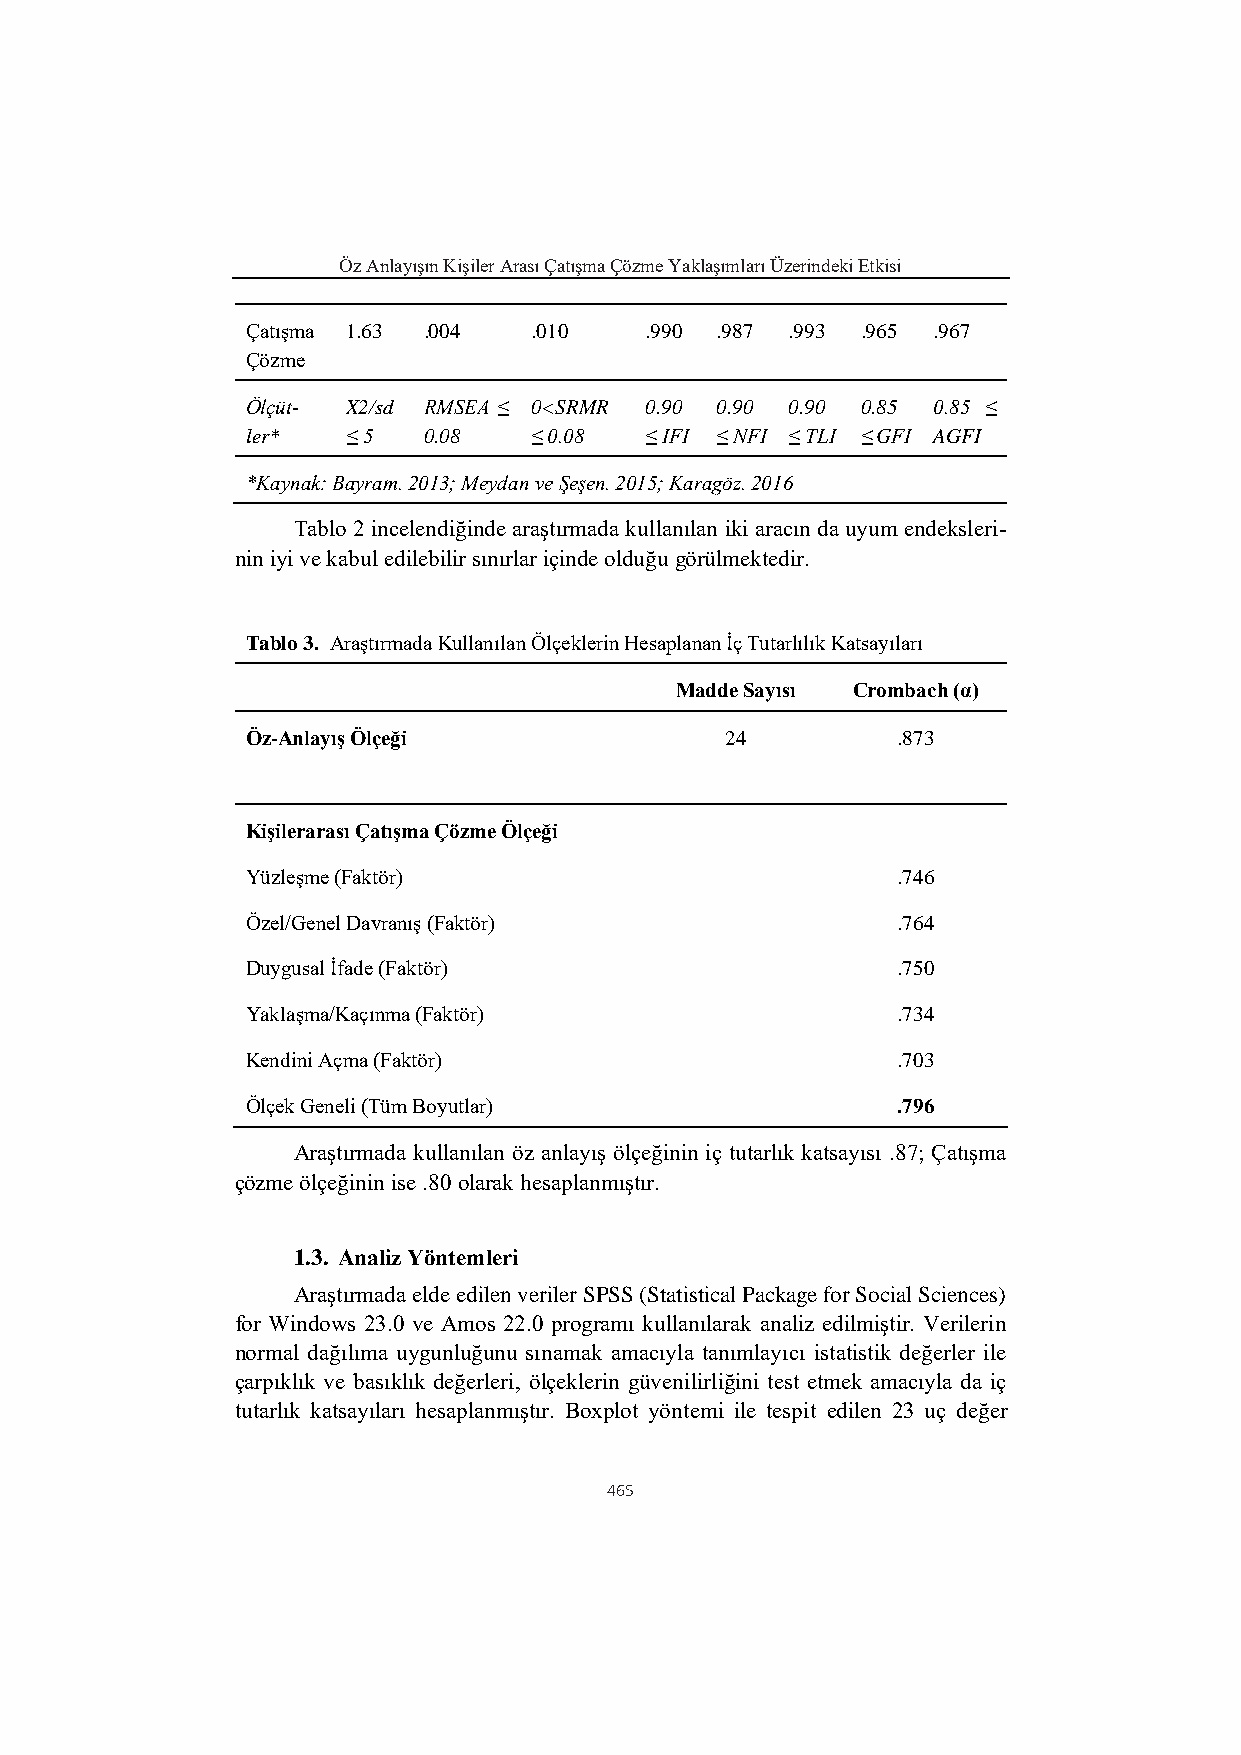
Öz Anlayışın Kişiler Arası Çatışma Çözme Yaklaşımları Üzerindeki Etkisi
 Çatışma 1.63 .004  .010    .990 .987 .993 .965 .967
 Çözme
 Ölçüt- X2/sd RMSEA ≤ 0<SRMR 0.90 0.90 0.90 0.85 0.85 ≤
 ler*   ≤ 5  0.08   ≤ 0.08  ≤ IFI ≤ NFI ≤ TLI ≤ GFI AGFI
 *Kaynak: Bayram. 2013; Meydan ve Şeşen. 2015; Karagöz. 2016
 Tablo 2 incelendiğinde araştırmada kullanılan iki aracın da uyum endeksleri-
 nin iyi ve kabul edilebilir sınırlar içinde olduğu görülmektedir.
 Tablo 3. Araştırmada Kullanılan Ölçeklerin Hesaplanan İç Tutarlılık Katsayıları
 Madde Sayısı Crombach (α)
 Öz-Anlayış Ölçeği               24         .873
 Kişilerarası Çatışma Çözme Ölçeği
 Yüzleşme (Faktör)                          .746
 Özel/Genel Davranış (Faktör)               .764
 Duygusal İfade (Faktör)                    .750
 Yaklaşma/Kaçınma (Faktör)                  .734
 Kendini Açma (Faktör)                      .703
 Ölçek Geneli (Tüm Boyutlar)                .796
 Araştırmada kullanılan öz anlayış ölçeğinin iç tutarlık katsayısı .87; Çatışma
 çözme ölçeğinin ise .80 olarak hesaplanmıştır.
 1.3. Analiz Yöntemleri
 Araştırmada elde edilen veriler SPSS (Statistical Package for Social Sciences)
 for Windows 23.0 ve Amos 22.0 programı kullanılarak analiz edilmiştir. Verilerin
 normal dağılıma uygunluğunu sınamak amacıyla tanımlayıcı istatistik değerler ile
 çarpıklık ve basıklık değerleri, ölçeklerin güvenilirliğini test etmek amacıyla da iç
 tutarlık katsayıları hesaplanmıştır. Boxplot yöntemi ile tespit edilen 23 uç değer
 465